Annual report on the Civil Veterinary Department, Burma (including the Insein Veterinary School) - 1932-1941
Year: 1932
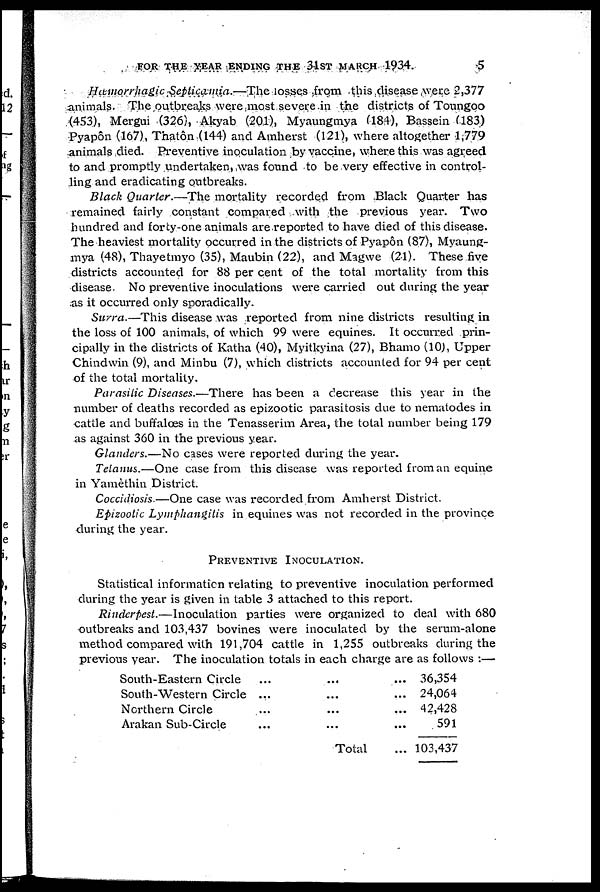
FOR THE YEAR ENDING THE 31ST MARCH 1934.
5
Hæmorrhagic Septicamia.—The losses from this disease were 2,377
animals. The outbreaks were most severe in the districts of Toungoo
(453), Mergui (326), Akyab (201), Myaungmya (184), Bassein (183)
Pyapôn (167), Thatôn (144) and Amherst (121), where altogether 1,779
animals died. Preventive inoculation by vaccine, where this was agreed
to and promptly undertaken, was found to be very effective in control-
ling and eradicating outbreaks.
Black Quarter.—The mortality recorded from Black Quarter has
remained fairly constant compared with the previous year. Two
hundred and forty-one animals are reported to have died of this disease.
The heaviest mortality occurred in the districts of Pyapôn (87), Myaung-
mya (48), Thayetmyo (35), Maubin (22), and Magwe (21). These five
districts accounted for 88 per cent of the total mortality from this
disease. No preventive inoculations were carried out during the year
as it occurred only sporadically.
Surra.—This disease was reported from nine districts resulting in
the loss of 100 animals, of which 99 were equines. It occurred prin-
cipally in the districts of Katha (40), Myitkyina (27), Bhamo (10), Upper
Chindwin (9), and Minbu (7), which districts accounted for 94 per cent
of the total mortality.
Parasitic Diseases.—There has been a decrease this year in the
number of deaths recorded as epizootic parasitosis due to nematodes in
cattle and buffaloes in the Tenasserim Area, the total number being 179
as against 360 in the previous year.
Glanders.—No cases were reported during the year.
Tetanus.—One case from this disease was reported from an equine
in Yamèthin District.
Coccidiosis—One case was recorded from Amherst District.
Epizootic Lymphangitis in equines was not recorded in the province
during the year.
PREVENTIVE INOCULATION.
Statistical information relating to preventive inoculation performed
during the year is given in table 3 attached to this report.
Rinderpest.—Inoculation parties were organized to deal with 680
outbreaks and 103,437 bovines were inoculated by the serum-alone
method compared with 191,704 cattle in 1,255 outbreaks during the
previous year. The inoculation totals in each charge are as follows :—
South-Eastern Circle
South-Western Circle
Northern Circle
Arakan Sub-Circle
...
...
...
...
...
...
...
...
Total
...
...
...
...
...
36,354
24,064
42,428
591
103,437